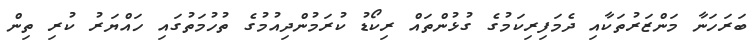
ބަރަހަނާ މަންޒަރުތަކާއި ދެމަފިރިކަމުގެ ގުޅުންތައް ރިކޯޑު ކުރަމުންދިއުމުގެ ތުހުމަތުގައި ހައްޔަރު ކުރި ތިން